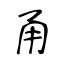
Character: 甬